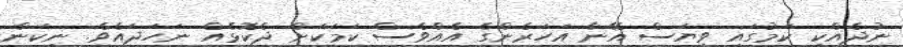
ނުދެއްކި ކަމުގައި ވިޔަސް އޭނާ އަހަރެންގެ އެއްވެސް ކަމަކަށް ދެކޮޅެއް ނަހަދައެވެ. ނިކަން